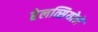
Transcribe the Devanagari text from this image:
रेलत्सियोने